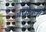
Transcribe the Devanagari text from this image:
जयोतनां